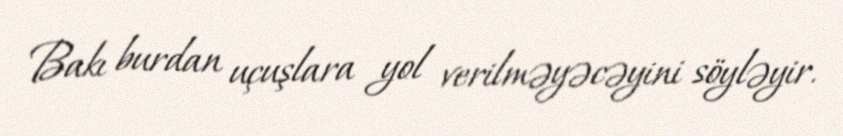
Bakı burdan uçuşlara yol verilməyəcəyini söyləyir.